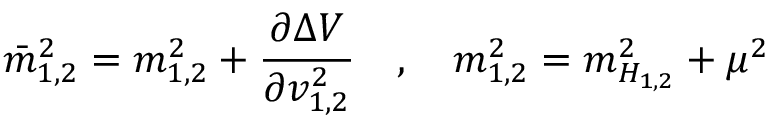
\bar { m } _ { { 1 , 2 } } ^ { 2 } = { m } _ { { 1 , 2 } } ^ { 2 } + \frac { \partial \Delta V } { \partial v _ { { 1 , 2 } } ^ { 2 } } \quad , \quad { m } _ { { 1 , 2 } } ^ { 2 } = { m } _ { H _ { { 1 , 2 } } } ^ { 2 } + \mu ^ { 2 }